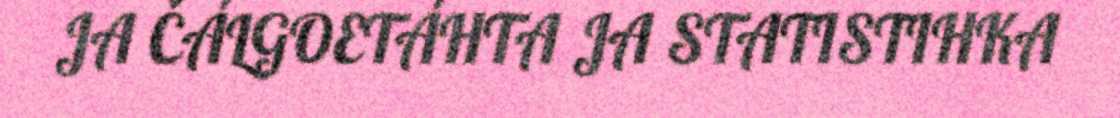
JA ČÁLGOETÁHTA JA STATISTIHKA